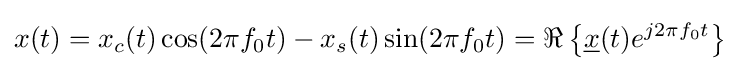
x(t)=x_{c}(t)\cos(2\pi f_{0}t)-x_{s}(t)\sin(2\pi f_{0}t)=\Re \left\{{\underline {x}}(t)e^{j2\pi f_{0}t}\right\}